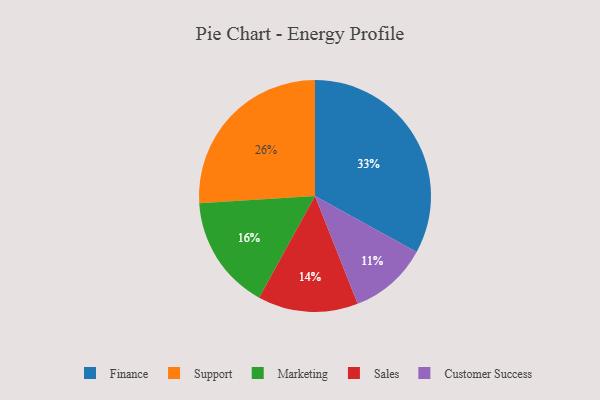
{"axis": {"x": "Category", "y": "Percentage"}, "legend": ["Customer Success", "Finance", "Marketing", "Sales", "Support"], "data": [{"x": "Sales", "y": 14, "type": "Sales"}, {"x": "Customer Success", "y": 11, "type": "Customer Success"}, {"x": "Marketing", "y": 16, "type": "Marketing"}, {"x": "Support", "y": 26, "type": "Support"}, {"x": "Finance", "y": 33, "type": "Finance"}]}